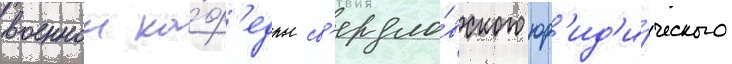
военнои ка́ф'едры св'ердло́вского юр'ид'и́ческого